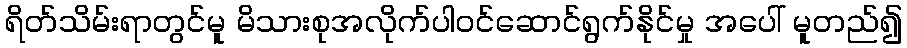
ရိတ်သိမ်းရာတွင်မူ မိသားစုအလိုက်ပါဝင်ဆောင်ရွက်နိုင်မှု အပေါ် မူတည်၍